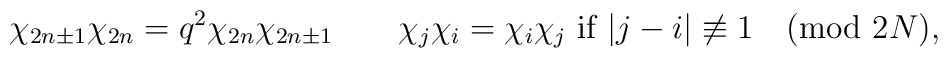
\chi_{2n\pm1}\chi_{2n}=q^2\chi_{2n}\chi_{2n\pm1}\qquad\chi_j\chi_i=\chi_i\chi_j \mbox{ if  }|j-i|\not\equiv1\pmod{2N} ,